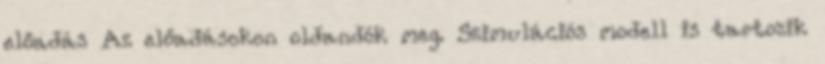
előadás Az előadásokon oldandók meg. Szimulációs modell is tartozik